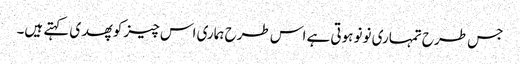
جس طرح تمہاری نونو ہوتی ہے اس طرح ہماری اس چیز کو پھدی کہتے ہیں۔